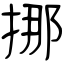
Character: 挪